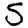
Digit: 5